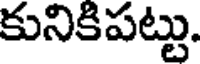
కునికిపట్టు.